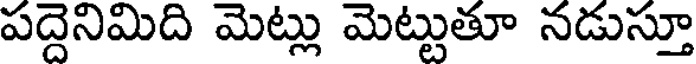
పద్దెనిమిది మెట్లు మెట్టుతూ నడుస్తూ